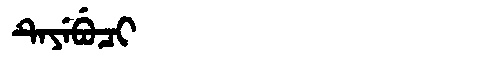
Manchu: ᡨᡝᠶᡝᠪᡠᠴᡳ
Romanization: TEYEBUCI